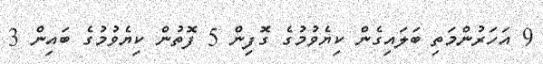
9 އަހަރުންމަތި ބަލައިގެން ކިޔެވުމުގެ ގޮފިން 5 ފޮތުން ކިޔެވުމުގެ ބައިން 3